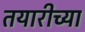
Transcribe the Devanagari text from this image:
तयारीच्या